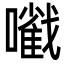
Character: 㘍